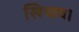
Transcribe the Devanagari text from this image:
खिचाव।